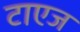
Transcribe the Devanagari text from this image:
टाएज